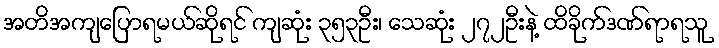
အတိအကျပြောရမယ်ဆိုရင် ကျဆုံး ၃၅၃ဦး၊ သေဆုံး ၂၇၂ဦးနဲ့ ထိခိုက်ဒဏ်ရာရသူ